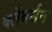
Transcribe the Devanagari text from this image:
क्लेबर्सन